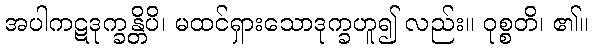
အပါကဋဒုက္ခန္တိပိ၊ မထင်ရှားသောဒုက္ခဟူ၍ လည်း။ ဝုစ္စတိ၊ ၏။